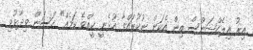
އިރު އިލެކްޝަންސް އިން އެކަން ނުކުރައްވާ އުޅެނީ ކީއްވެ ކަމެއް" ހަސަން ވިދާޅުވި